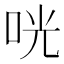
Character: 咣